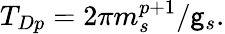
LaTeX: T_{Dp}=2\pi{m_{s}^{p+1}}/{\mathsf{g}_{s}}.